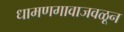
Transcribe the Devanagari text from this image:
धामणगावाजवळून